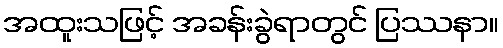
အထူးသဖြင့် အခန်းခွဲရာတွင် ပြဿနာ။